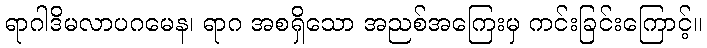
ရာဂါဒိမလာပဂမေန၊ ရာဂ အစရှိသော အညစ်အကြေးမှ ကင်းခြင်းကြောင့်။